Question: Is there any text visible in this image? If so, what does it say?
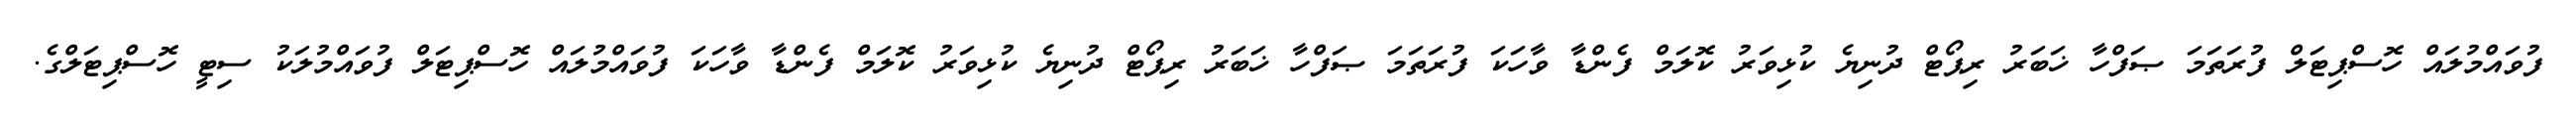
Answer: ފުވައްމުލައް ހޮސްޕިޓަލް ފުރަތަމަ ޞަފްހާ ޚަބަރު ރިޕޯޓް ދުނިޔެ ކުޅިވަރު ކޮލަމް ފެންޑާ ވާހަކަ ފުރަތަމަ ޞަފްހާ ޚަބަރު ރިޕޯޓް ދުނިޔެ ކުޅިވަރު ކޮލަމް ފެންޑާ ވާހަކަ ފުވައްމުލައް ހޮސްޕިޓަލް ފުވައްމުލަކު ސިޓީ ހޮސްޕިޓަލްގެ.